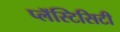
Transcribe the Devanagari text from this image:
प्लॅस्टिसिटी